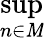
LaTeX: \operatorname*{sup}_{n\in\mathit{M}}